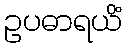
ဥပဓာရယိံ